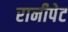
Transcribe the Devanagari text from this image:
रानीपेट